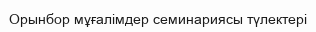
Орынбор мұғалімдер семинариясы түлектері